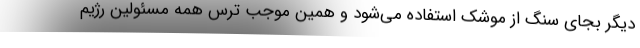
دیگر بجای سنگ از موشک استفاده می‌شود و همین موجب ترس همه مسئولین رژیم